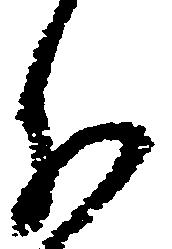
分